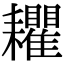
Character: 𦔬